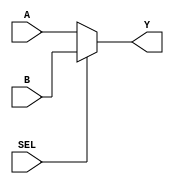
module multiplexer_2to1 (
    input wire A,
    input wire B,
    input wire SEL,
    output reg Y
    );

always @(*) begin
    if (SEL == 0)
        Y = A;
    else
        Y = B;
end

endmodule